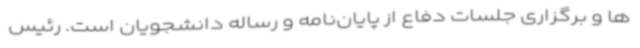
ها و برگزاری جلسات دفاع از پایان‌نامه و رساله دانشجویان است. رئیس